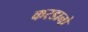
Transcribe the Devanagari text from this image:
करडानो